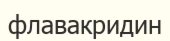
флавакридин